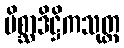
မိစ္ဆာဒိဋ္ဌိကသုတ္တ